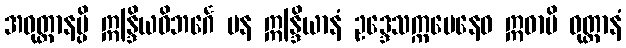
အဝုတ္တာနမ္ပိ ဣန္ဒြိယဝိဘင်္ဂေ ပန ဣန္ဒြိယာနံ ဥဒ္ဒေသက္ကမေနေဝ ဣဓာပိ ဝုတ္တာနံ